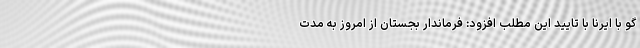
گو با ایرنا با تایید این مطلب افزود: فرماندار بجستان از امروز به مدت